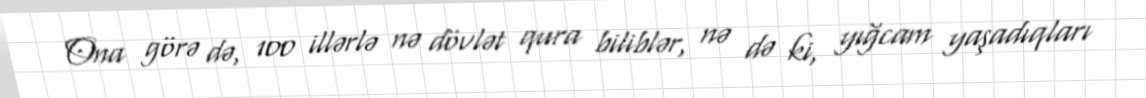
Ona görə də, 100 illərlə nə dövlət qura biliblər, nə də ki, yığcam yaşadıqları